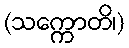
(သက္ကောတိ၊)